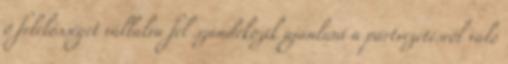
ő felelősséget vállalva fel szándékozik ajánlani a pártvezetésről való